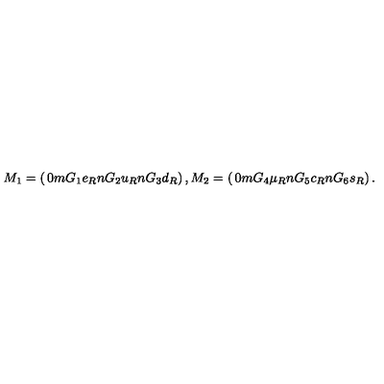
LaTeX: M _ { 1 } = \left( \begin{matrix} { 0 } \\ { m G _ { 1 } e _ { R } } \\ { n G _ { 2 } u _ { R } } \\ { n G _ { 3 } d _ { R } } \\ \end{matrix} \right) , M _ { 2 } = \left( \begin{matrix} { 0 } \\ { m G _ { 4 } \mu _ { R } } \\ { n G _ { 5 } c _ { R } } \\ { n G _ { 6 } s _ { R } } \\ \end{matrix} \right) .